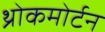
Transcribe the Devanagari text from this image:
थ्रोकमोर्टन